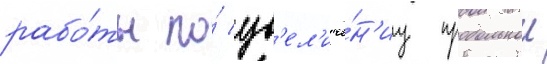
рабо́ты по́ ув'ел'иче́н'иу продольнои